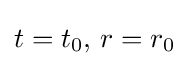
t=t_{0},\,r=r_{0}